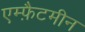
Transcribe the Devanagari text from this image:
एम्फ़ैटमीन